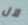
لآل